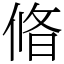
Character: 㫦